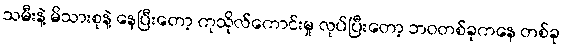
သမီးနဲ့ မိသားစုနဲ့ နေပြီးတော့ ကုသိုလ်ကောင်းမှု လုပ်ပြီးတော့ ဘဝတစ်ခုကနေ တစ်ခု